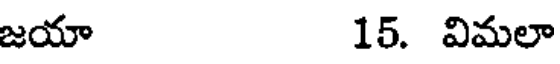
జయా 15. విమలా